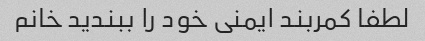
لطفا کمربند ایمنی خود را ببندید خانم